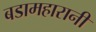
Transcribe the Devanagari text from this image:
बडामहारानी